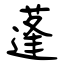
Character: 蓬